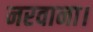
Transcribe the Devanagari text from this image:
नरवाना।